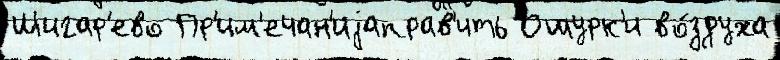
Шигар'ево Пр'им'ечан'иjаправ'ить Ошурк'и во́здуха